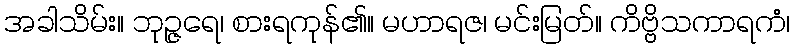
အခါသိမ်း။ ဘုဉ္ဇရေ၊ စားရကုန်၏။ မဟာရဇ၊ မင်းမြတ်။ ကိဗ္ဗိသကာရကံ၊